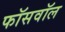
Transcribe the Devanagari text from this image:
फॉसवॉल